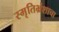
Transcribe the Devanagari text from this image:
स्मृतिभ्रंशाचा